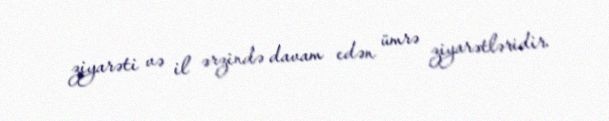
ziyarəti və il ərzində davam edən ümrə ziyarətləridir.